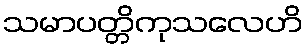
သမာပတ္တိကုသလေဟိ